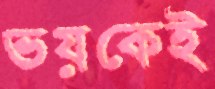
ভয়কেই